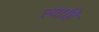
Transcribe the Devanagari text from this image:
त्याहि